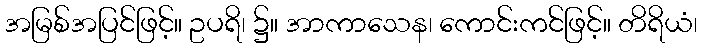
အမြစ်အပြင်ဖြင့်။ ဥပရိ၊ ၌။ အာကာသေန၊ ကောင်းကင်ဖြင့်။ တိရိယံ၊